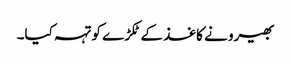
بھیرو نے کاغذ کے ٹکڑے کو تہہ کیا۔